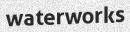
waterworks